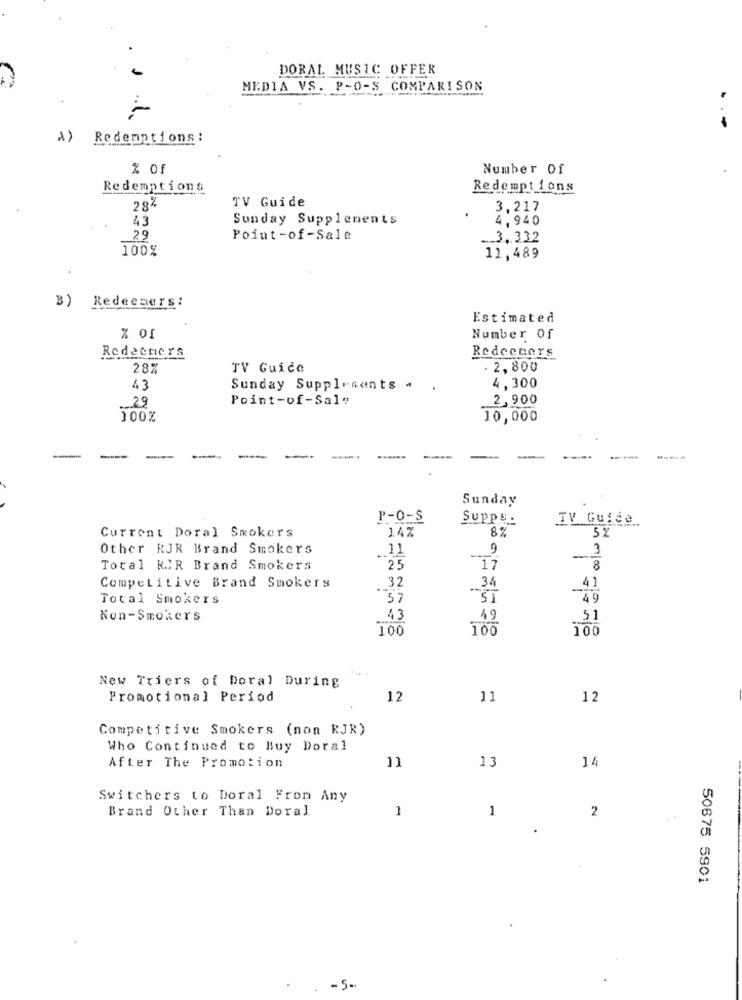
DORAL MUSIC OFFER
MEDIA VS. P-0-S COMPARISON
1)
Redemptions :
% of
Number Of
Redemptions
Redemptions
TV Guide
28%
3,217
43
Sunday Supplements
4,940
29
Point-of-Sale
-.. 3. 332
100%
11,489
B) Redeemers:
Estimated
Number Of
Redeemers
Redeecers
28%
TV Guide
2,800
43
Sunday Supplrsants . .
4,300
29
Point-of-Sale
2,900
100%
10,000
-
-
-
----
Sunday
P-0-S
Supps:
TV Guide
Current Doral Smokers
14%
8%
5%
Other RJR Brand Smokers
.. 11
9
3
Total RIR Brand Smokers
25
17
8
34
41
Competitive Brand Smokers
32
-
Total Smokers
57
5T
49
Non-Smokers
43
49
5 1
100
100
100
New Triers of Doral During
Promotional Period
12
11
12
Competitive Smokers (non RJR)
Who Continued to Buy Doral
11
13
After The Promotion
14
Switchers to Doral From Any
Brand Other Than Doral
1
1
2
50675 5901
- 5-